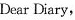
Dear Diary,